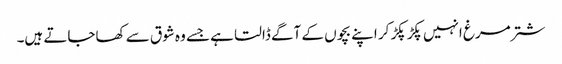
شتر مرغ انہیں پکڑ پکڑ کر اپنے بچوں کے آگے ڈالتا ہے جسے وہ شوق سے کھاجاتے ہیں۔